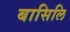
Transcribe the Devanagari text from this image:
बासिलि